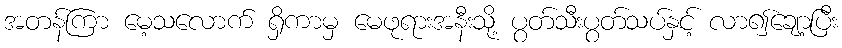
အတန်ကြာ မေ့သလောက် ရှိကာမှ မေဖုရားအနီးသို့ ပွတ်သီးပွတ်သပ်နှင့် လာ၍ချော့ပြီး